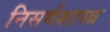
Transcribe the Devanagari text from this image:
निसर्गशास्त्र